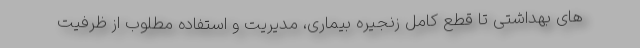
های بهداشتی تا قطع کامل زنجیره بیماری، مدیریت و استفاده مطلوب از ظرفیت